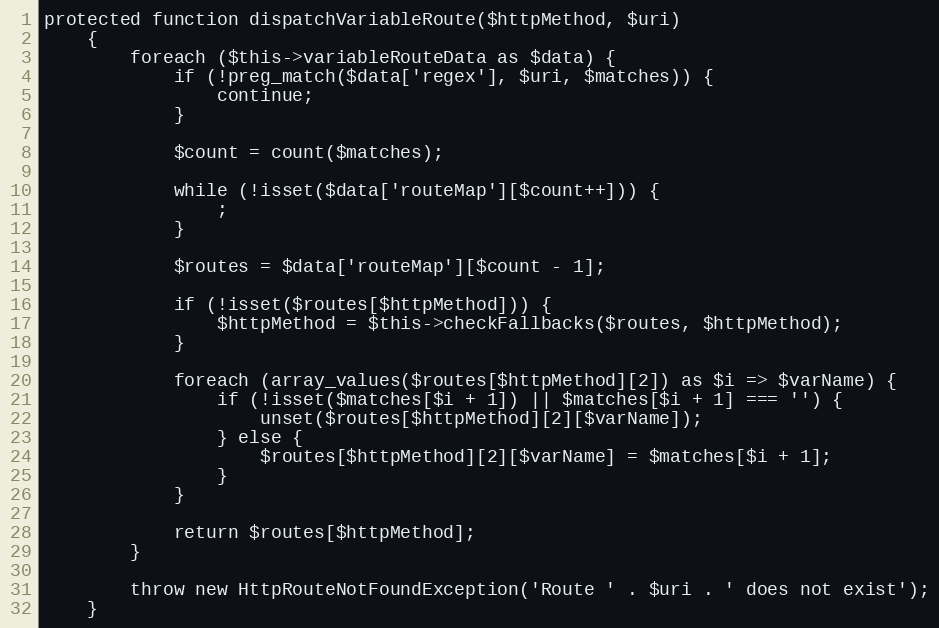
Language: PHP
protected function dispatchVariableRoute($httpMethod, $uri)
    {
        foreach ($this->variableRouteData as $data) {
            if (!preg_match($data['regex'], $uri, $matches)) {
                continue;
            }

            $count = count($matches);

            while (!isset($data['routeMap'][$count++])) {
                ;
            }

            $routes = $data['routeMap'][$count - 1];

            if (!isset($routes[$httpMethod])) {
                $httpMethod = $this->checkFallbacks($routes, $httpMethod);
            }

            foreach (array_values($routes[$httpMethod][2]) as $i => $varName) {
                if (!isset($matches[$i + 1]) || $matches[$i + 1] === '') {
                    unset($routes[$httpMethod][2][$varName]);
                } else {
                    $routes[$httpMethod][2][$varName] = $matches[$i + 1];
                }
            }

            return $routes[$httpMethod];
        }

        throw new HttpRouteNotFoundException('Route ' . $uri . ' does not exist');
    }